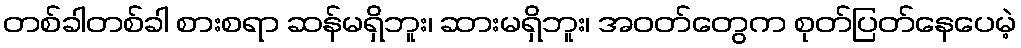
တစ်ခါတစ်ခါ စားစရာ ဆန်မရှိဘူး၊ ဆားမရှိဘူး၊ အဝတ်တွေက စုတ်ပြတ်နေပေမဲ့